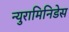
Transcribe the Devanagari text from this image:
न्युरामिनिडेस